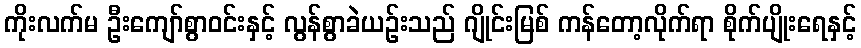
ကိုးလက်မ ဦးကျော်စွာဝင်းနှင့် လွန်စွာခဲယဉ်းသည် ဂျိုင်းမြစ် ကန်တော့လိုက်ရာ စိုက်ပျိုးရေနှင့်